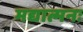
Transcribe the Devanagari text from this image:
मद्यात्मनः